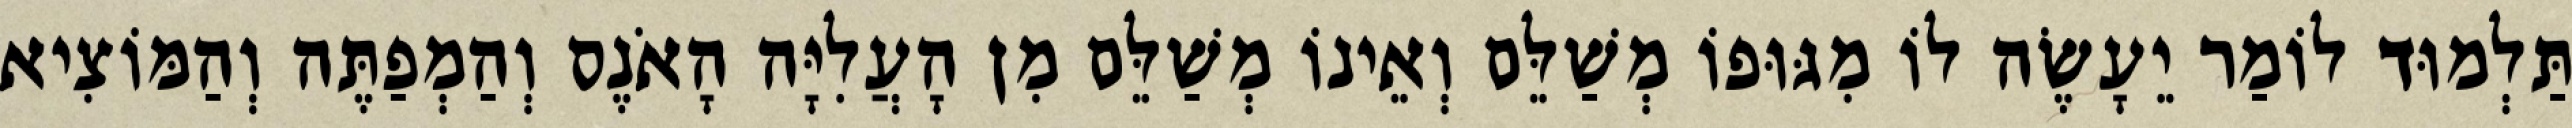
תַּלְמוּד לוֹמַר יֵעָשֶׂה לוֹ מִגּוּפוֹ מְשַׁלֵּם וְאֵינוֹ מְשַׁלֵּם מִן הָעֲלִיָּה הָאֹנֶס וְהַמְפַתֶּה וְהַמּוֹצִיא